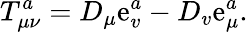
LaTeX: T_{\mu\nu}^{a}=D_{\mu}\mathrm{e}_{v}^{a}-D_{v}\mathrm{e}_{\mu}^{a}.